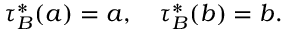
\tau _ { B } ^ { * } ( a ) = a , \quad \tau _ { B } ^ { * } ( b ) = b .